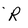
Character: R